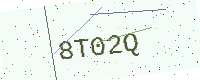
Text: 8T02Q